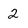
Character: 2